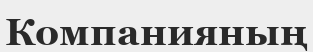
Компанияның